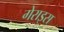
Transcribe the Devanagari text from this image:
गेराइस